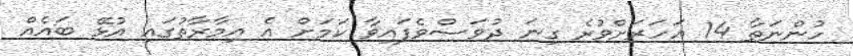
ހުންނަތާ 14 އަހަރަށްވުރެ ގިނަ ދުވަސްވެފައިވާ ކަމަށް އެ އިމާރާތުގައި އުޅޭ ބައެއް